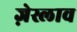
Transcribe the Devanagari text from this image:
ज़ेस्लाव